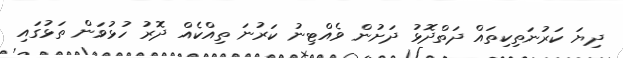
ދިޔަ ކަރުނަތިކިތައް ދަތްދޮޅު ދަށުން ވެއްޓިނު ކަރުނަ ތިއްކެއް ދޮރު ހުޅުވަން ތަޅުގައި